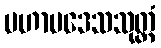
မဟာပဒေသသုတ္တံ